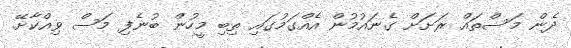
ދެން މަސްތައް ރަށަށް ގެނައުމުން އެއްގަމުގައި ތިބި މީހުން ބުނެފި މަސް ވިއްކާށޭ.